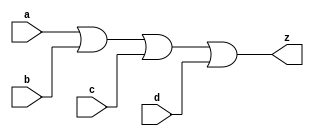
//#############################################################################
//# Function: 4 Input Or Gate                                                 #
//# Copyright: OH Project Authors. All rights Reserved.                       #
//# License:  MIT (see LICENSE file in OH repository)                         #
//#############################################################################

module asic_or4 #(parameter PROP = "DEFAULT")   (
    input  a,
    input  b,
    input  c,
    input  d,
    output z
    );

   assign z = a | b | c | d;

endmodule